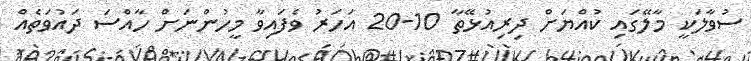
ސުވާލަކީ މާލޭގައި ކުއްޔަށް ދިރިއުޅޭތާ 10-20 އަހަރު ވެފައިވާ މީހުންނަށް ހާއްސަ ދައުވަތެއް